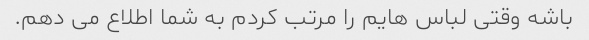
باشه وقتی لباس هایم را مرتب کردم به شما اطلاع می دهم.